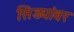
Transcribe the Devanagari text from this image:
सिड्यांवर